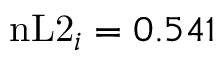
\mathrm { n L 2 } _ { i } = 0 . 5 4 1